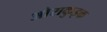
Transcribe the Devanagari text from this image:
ओराकुइक